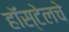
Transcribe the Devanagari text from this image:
हॉस्टेलचे